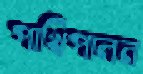
পাখিপালন